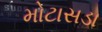
મોટાસડા